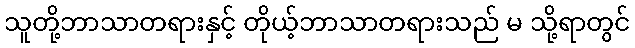
သူတို့ဘာသာတရားနှင့် တိုယ့်ဘာသာတရားသည် မ သို့ရာတွင်